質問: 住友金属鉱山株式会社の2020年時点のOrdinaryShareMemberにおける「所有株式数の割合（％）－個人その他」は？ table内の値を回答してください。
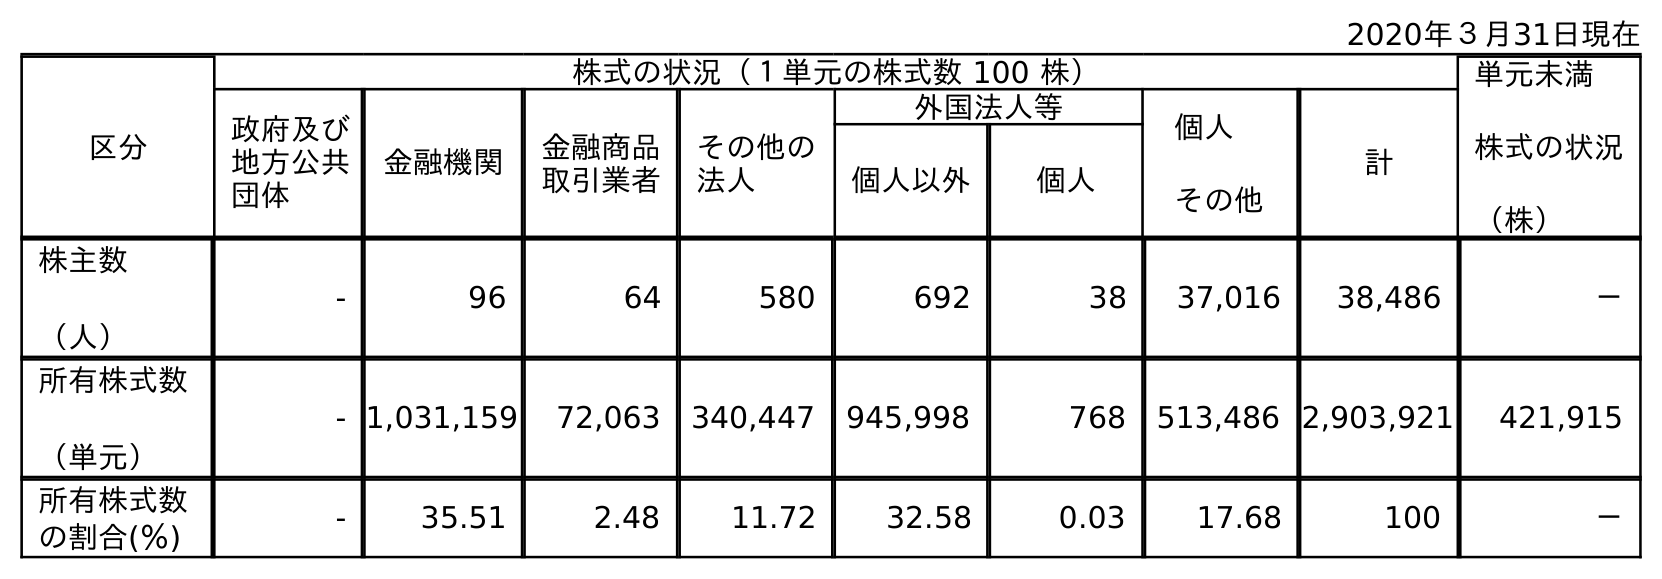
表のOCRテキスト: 2020年３月31日現在 区分 株式の状況（１単元の株式数 100 株） 単元未満 株式の状況 （株） 政府及び 地方公共 団体 金融機関 金融商品 取引業者 その他の 法人 外国法人等 個人 その他 計 個人以外 個人 株主数 （人） - 96 64 580 692 38 37,016 38,486 － 所有株式数 （単元） - 1,031,159 72,063 340,447 945,998 768 513,486 2,903,921 421,915 所有株式数 の割合(％) - 35.51 2.48 11.72 32.58 0.03 17.68 100 －
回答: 17.68